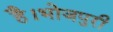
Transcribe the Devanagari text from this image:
है।भोजपुरी